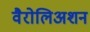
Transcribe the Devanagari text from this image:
वैरोलिअशन